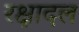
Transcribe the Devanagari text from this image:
रक्षादल